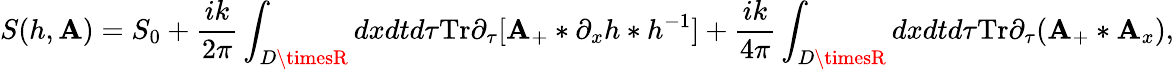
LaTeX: S(h,\mathbf{A})=S_{0}+\frac{{ik}}{{2\pi}}\int_{D\timesR}dxdtd\tau\mathrm{{Tr}}\partial_{\tau}[\mathbf{A}_{+}*\partial_{x}h*h^{-1}]+\frac{{ik}}{{4\pi}}\int_{D\timesR}dxdtd\tau\mathrm{{Tr}}\partial_{\tau}(\mathbf{A}_{+}*\mathbf{A}_{x}),